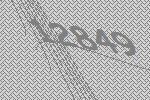
12849